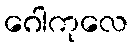
ဂေါကုလေ